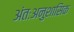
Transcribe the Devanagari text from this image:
अंतःअनुशासिक